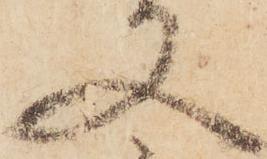
又